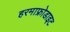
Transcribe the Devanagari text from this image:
हरमाफ्रोडाइट